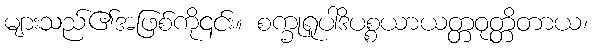
များသည်၏အဖြစ်ကို၎င်း။ စက္ခုရူပါဒိပစ္စယာယတ္တဝုတ္တိတာယ၊